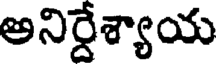
అనిర్దేశ్యాయ